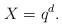
LaTeX: \begin{align*} X=q^d.\end{align*}